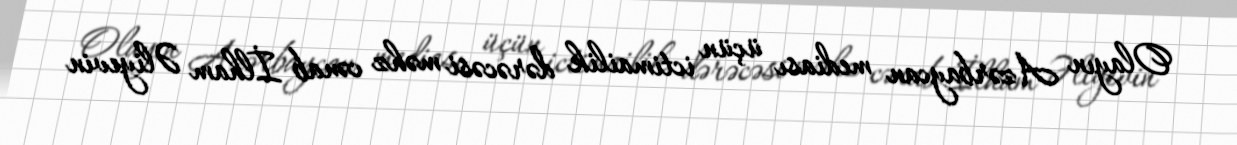
Olayın Azərbaycan mediası üçün ictimailik dərəcəsi məhz cənab İlham Əliyevin